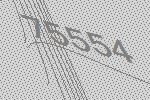
75554